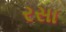
રસા